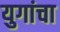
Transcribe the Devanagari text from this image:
युगांचा